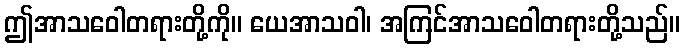
ဤအာသဝေါတရားတို့ကို။ ယေအာသဝါ၊ အကြင်အာသဝေါတရားတို့သည်။